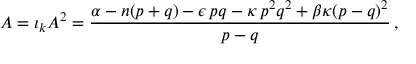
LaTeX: { \cal A } = { \imath } _ { k } A ^ { 2 } = \frac { \alpha - n ( p + q ) - \epsilon \, p q - \kappa \, p ^ { 2 } q ^ { 2 } + \beta \kappa ( p - q ) ^ { 2 } } { p - q } \, ,